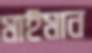
মাইমান